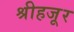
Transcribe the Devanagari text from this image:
श्रीहजूर